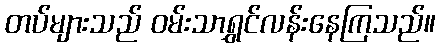
တပ်များသည် ဝမ်းသာရွှင်လန်းနေကြသည်။